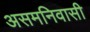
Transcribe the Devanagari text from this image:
असमनिवासी